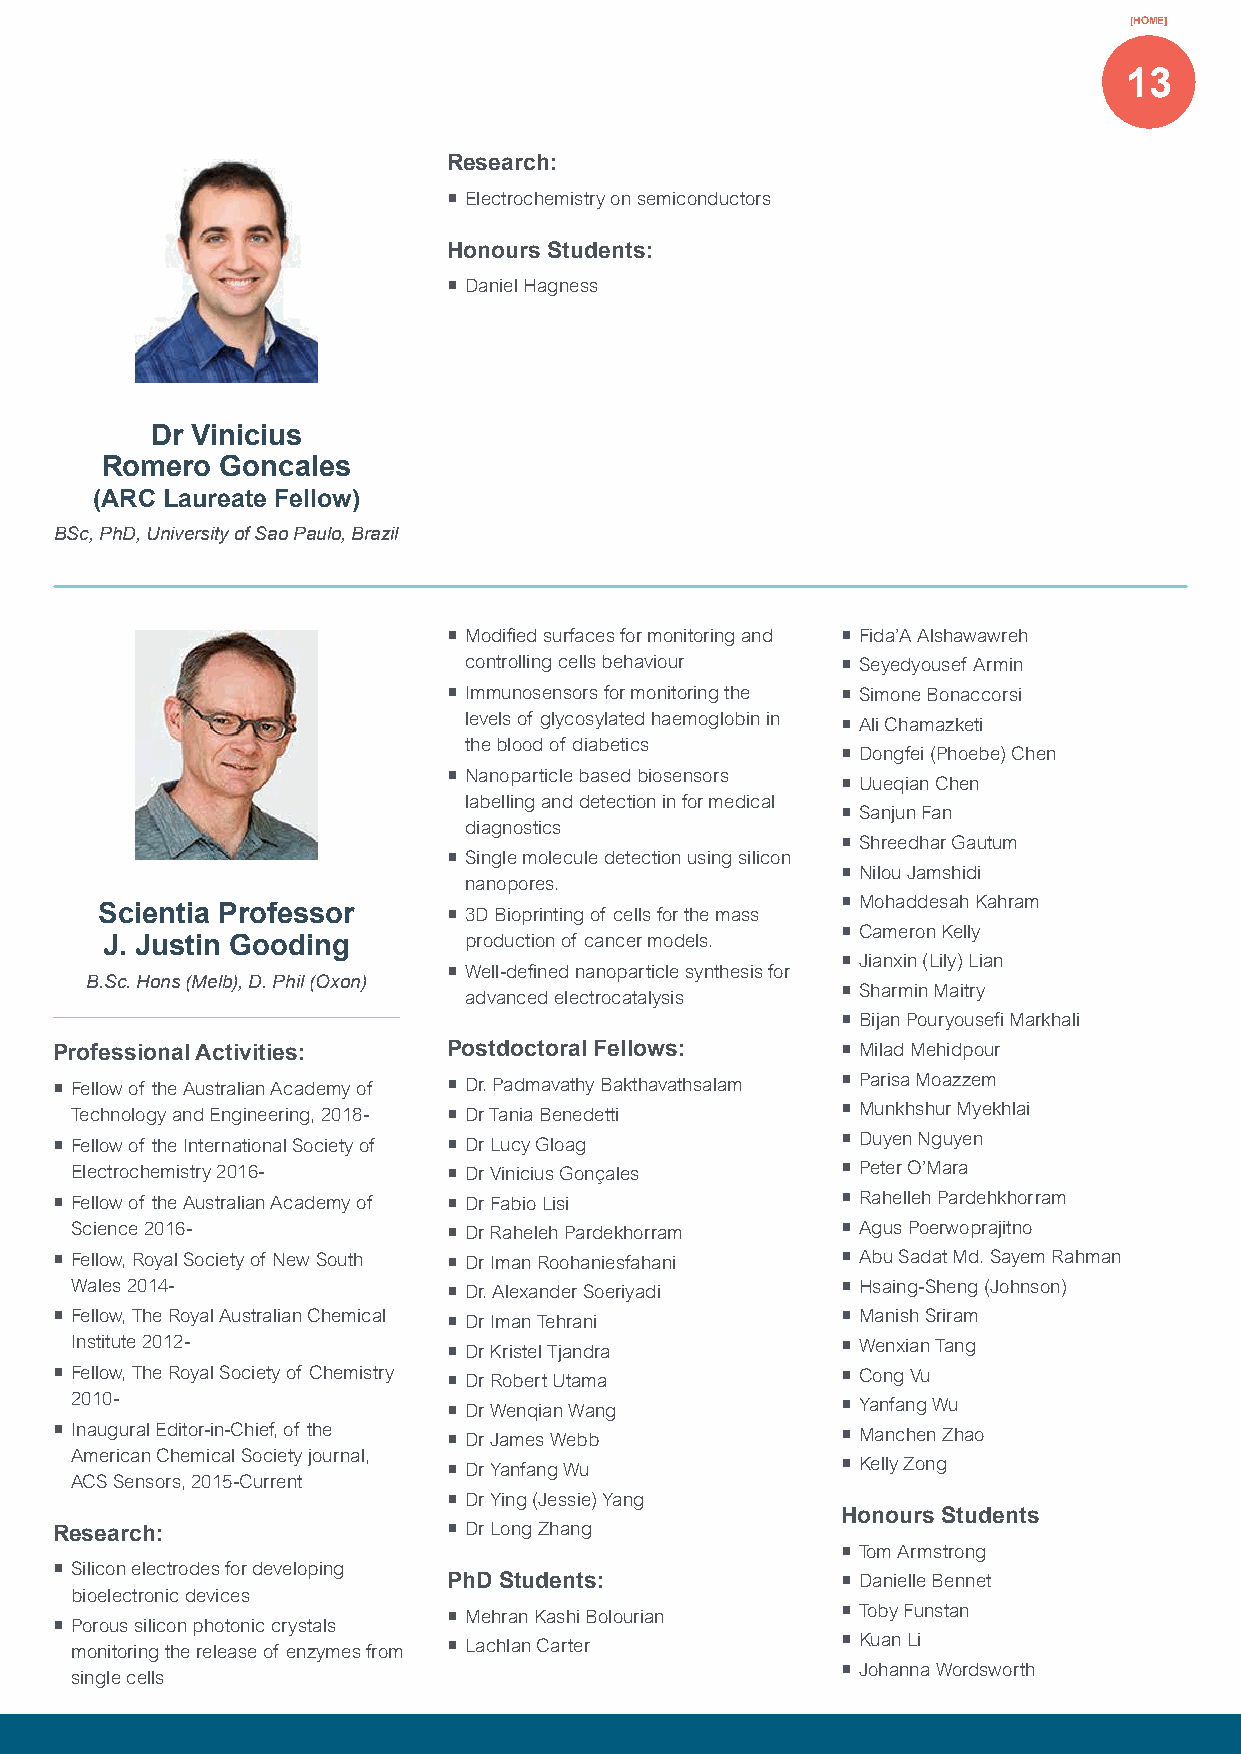
[HOME]
 13
 Research:
 ¡ Electrochemistry on semiconductors
 Honours Students:
 ¡ Daniel Hagness
 Dr Vinicius
 Romero  Goncales
 (ARC Laureate Fellow)
 BSc, PhD, University of Sao Paulo, Brazil
 ¡ Modified surfaces for monitoring and ¡ Fida’A Alshawawreh
 controlling cells behaviour ¡ Seyedyousef Armin
 ¡ Immunosensors for monitoring the ¡ Simone Bonaccorsi
 levels of glycosylated haemoglobin in ¡ Ali Chamazketi
 the blood of diabetics
 ¡ Dongfei (Phoebe) Chen
 ¡ Nanoparticle based biosensors
 ¡ Uueqian Chen
 labelling and detection in for medical
 ¡ Sanjun Fan
 diagnostics
 ¡ Shreedhar Gautum
 ¡ Single molecule detection using silicon
 ¡ Nilou Jamshidi
 nanopores.
 ¡ Mohaddesah Kahram
 Scientia Professor     ¡ 3D Bioprinting of cells for the mass
 ¡ Cameron Kelly
 J. Justin Gooding       production of cancer models.
 ¡ Jianxin (Lily) Lian
 ¡ Well-defined nanoparticle synthesis for
 B.Sc. Hons (Melb), D. Phil (Oxon)
 ¡ Sharmin Maitry
 advanced electrocatalysis
 ¡ Bijan Pouryousefi Markhali
 Professional Activities:  Postdoctoral Fellows:     ¡ Milad Mehidpour
 ¡ Fellow of the Australian Academy of ¡ Dr. Padmavathy Bakthavathsalam ¡ Parisa Moazzem
 Technology and Engineering, 2018- ¡ Dr Tania Benedetti ¡ Munkhshur Myekhlai
 ¡ Fellow of the International Society of ¡ Dr Lucy Gloag ¡ Duyen Nguyen
 Electrochemistry 2016-   ¡ Dr Vinicius Gonçales    ¡ Peter O’Mara
 ¡ Fellow of the Australian Academy of ¡ Dr Fabio Lisi ¡ Rahelleh Pardehkhorram
 Science 2016-            ¡ Dr Raheleh Pardekhorram ¡ Agus Poerwoprajitno
 ¡ Fellow, Royal Society of New South ¡ Dr Iman Roohaniesfahani ¡ Abu Sadat Md. Sayem Rahman
 Wales 2014-              ¡ Dr. Alexander Soeriyadi ¡ Hsaing-Sheng (Johnson)
 ¡ Fellow, The Royal Australian Chemical ¡ Dr Iman Tehrani ¡ Manish Sriram
 Institute 2012-          ¡ Dr Kristel Tjandra      ¡ Wenxian Tang
 ¡ Fellow, The Royal Society of Chemistry ¡ Dr Robert Utama ¡ Cong Vu
 2010-                    ¡ Dr Wenqian Wang         ¡ Yanfang Wu
 ¡ Inaugural Editor-in-Chief, of the ¡ Dr James Webb ¡ Manchen Zhao
 American Chemical Society journal,
 ¡ Dr Yanfang Wu           ¡ Kelly Zong
 ACS Sensors, 2015-Current
 ¡ Dr Ying (Jessie) Yang
 Honours Students
 Research:                 ¡ Dr Long Zhang
 ¡ Tom Armstrong
 ¡ Silicon electrodes for developing
 PhD Students:             ¡ Danielle Bennet
 bioelectronic devices
 ¡ Mehran Kashi Bolourian  ¡ Toby Funstan
 ¡ Porous silicon photonic crystals
 monitoring the release of enzymes from ¡ Lachlan Carter ¡ Kuan Li
 ¡ Johanna Wordsworth
 single cells